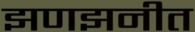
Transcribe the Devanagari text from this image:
झणझनीत